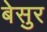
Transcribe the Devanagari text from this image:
बेसुर